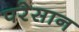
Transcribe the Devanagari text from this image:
परेसान